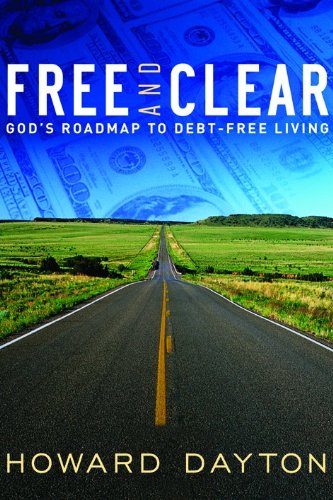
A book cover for Free and Clear: God's Roadmap to Debt-Free Living; Howard Dayton; Business & Money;